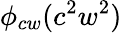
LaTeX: \phi_{cw}(c^{2}w^{2})